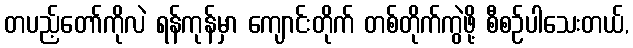
တပည့်တော်ကိုလဲ ရန်ကုန်မှာ ကျောင်းတိုက် တစ်တိုက်ကွဲဖို့ စီစဉ်ပါသေးတယ်,